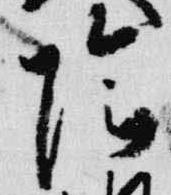
陰